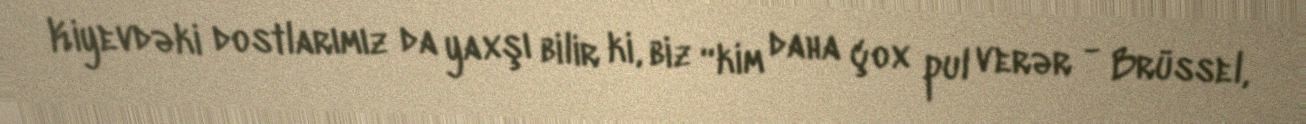
Kiyevdəki dostlarımız da yaxşı bilir ki, biz “kim daha çox pul verər - Brüssel,